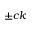
\pm c k